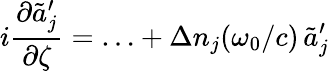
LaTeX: i\frac{\partial\tilde{a}_{j}^{\prime}}{\partial\zeta}=\ldots+\Delta n_{j}(\omega_{0}/c)\, \tilde{a}_{j}^{\prime}